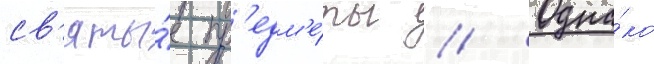
св'яты́е пр'едм'е́ты // Одна́ко